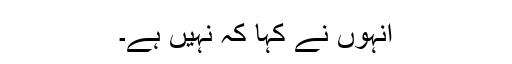
انہوں نے کہا کہ نہیں ہے۔